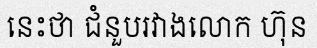
នេះថា ជំនួបរវាងលោក ហ៊ុន